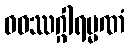
ဝဝဿဂ္ဂါရမ္မဏံ